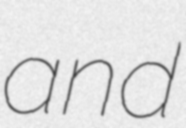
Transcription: and